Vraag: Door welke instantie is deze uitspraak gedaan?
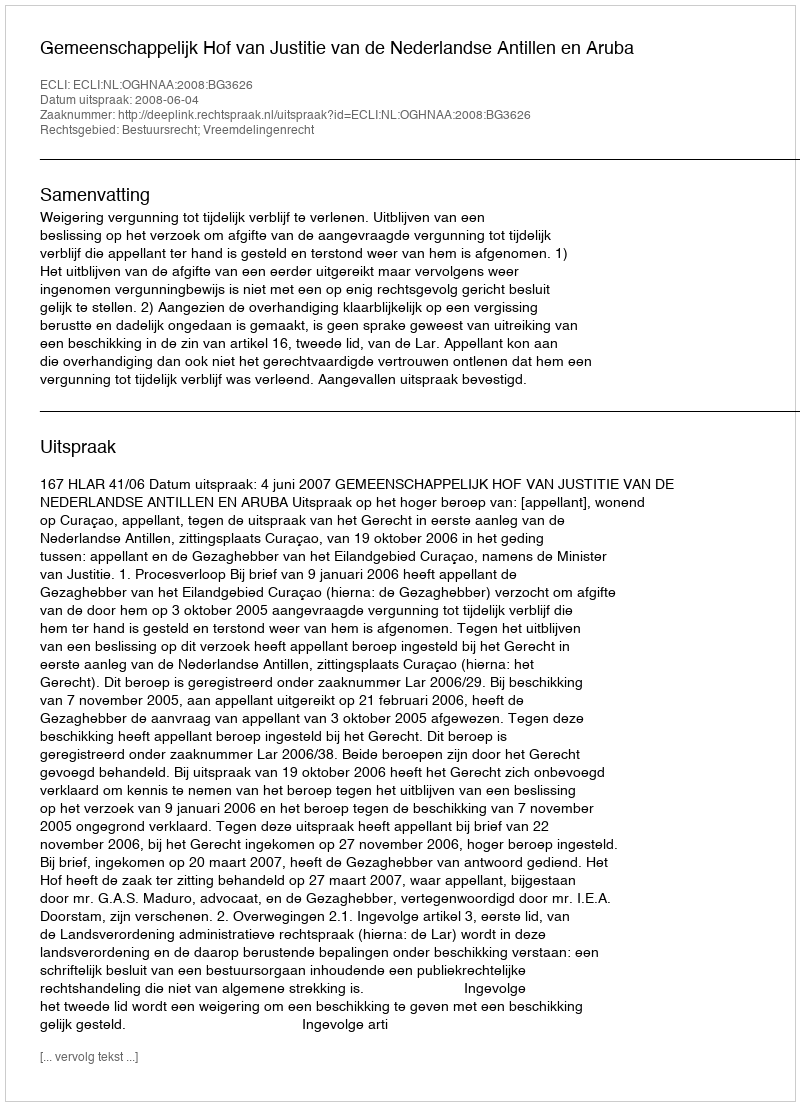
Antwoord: Gemeenschappelijk Hof van Justitie van de Nederlandse Antillen en Aruba